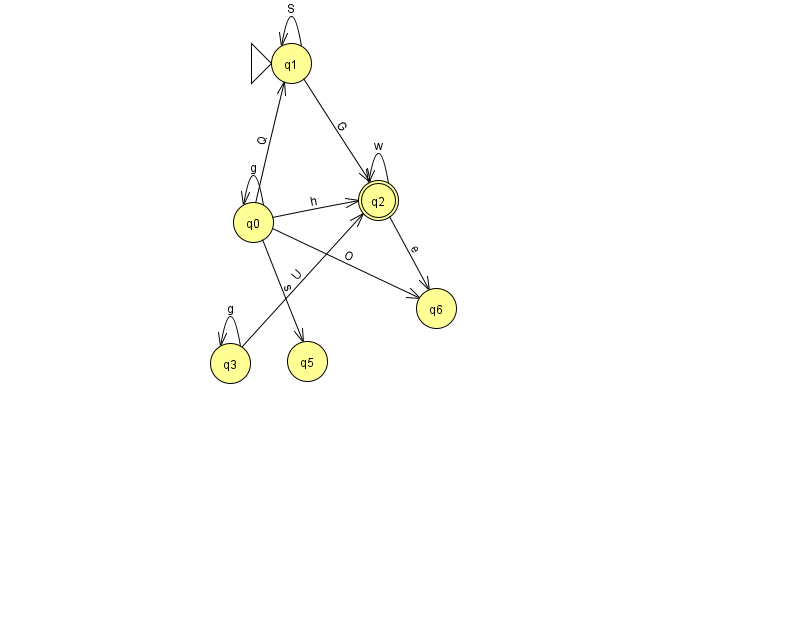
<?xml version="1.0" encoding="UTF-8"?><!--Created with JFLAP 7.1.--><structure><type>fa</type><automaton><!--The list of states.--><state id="0" name="q0"><x>253.0</x><y>209.0</y></state><state id="1" name="q1"><x>291.0</x><y>50.0</y><initial/></state><state id="2" name="q2"><x>378.0</x><y>187.0</y><final/></state><state id="3" name="q3"><x>230.0</x><y>350.0</y></state><state id="5" name="q5"><x>307.0</x><y>348.0</y></state><state id="6" name="q6"><x>436.0</x><y>295.0</y></state><!--The list of transitions.--><transition><from>2</from><to>6</to><read>e</read></transition><transition><from>1</from><to>1</to><read>S</read></transition><transition><from>0</from><to>2</to><read>h</read></transition><transition><from>0</from><to>6</to><read>O</read></transition><transition><from>0</from><to>1</to><read>Q</read></transition><transition><from>0</from><to>5</to><read>s</read></transition><transition><from>3</from><to>2</to><read>U</read></transition><transition><from>0</from><to>0</to><read>g</read></transition><transition><from>2</from><to>2</to><read>w</read></transition><transition><from>3</from><to>3</to><read>g</read></transition><transition><from>1</from><to>2</to><read>G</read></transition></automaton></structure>